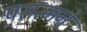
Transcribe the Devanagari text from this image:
परात्मने